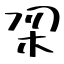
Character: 𭩮